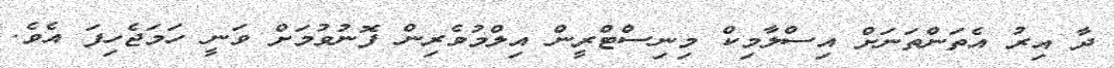
ދާ އިރު އެތަންތަނަށް އިސްލާމިކް މިނިސްޓްރީން އިލްމުވެރިން ފޮނުވުމަށް ވަނީ ހަމަޖެހިފަ އެވެ.